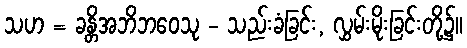
သဟ = ခန္တိအဘိဘဝေသု - သည်းခံခြင်း, လွှမ်းမိုးခြင်းတို့၌။